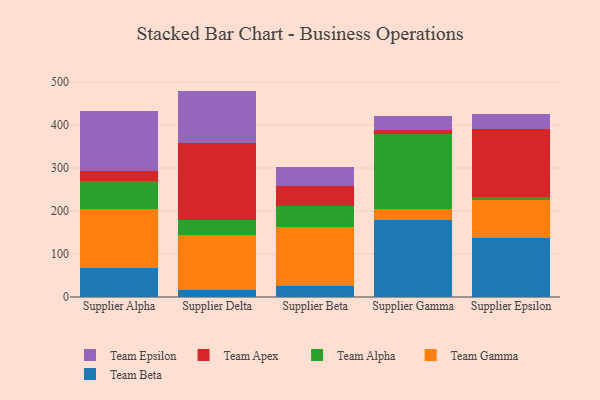
{"axis": {"x": "Supplier", "y": "Page Views"}, "legend": ["Team Alpha", "Team Apex", "Team Beta", "Team Epsilon", "Team Gamma"], "data": [{"x": "Supplier Alpha", "y": 67.9, "type": "Team Beta"}, {"x": "Supplier Alpha", "y": 137.0, "type": "Team Gamma"}, {"x": "Supplier Alpha", "y": 65.0, "type": "Team Alpha"}, {"x": "Supplier Alpha", "y": 23.0, "type": "Team Apex"}, {"x": "Supplier Alpha", "y": 140.4, "type": "Team Epsilon"}, {"x": "Supplier Delta", "y": 17.1, "type": "Team Beta"}, {"x": "Supplier Delta", "y": 128.3, "type": "Team Gamma"}, {"x": "Supplier Delta", "y": 33.9, "type": "Team Alpha"}, {"x": "Supplier Delta", "y": 179.0, "type": "Team Apex"}, {"x": "Supplier Delta", "y": 121.4, "type": "Team Epsilon"}, {"x": "Supplier Beta", "y": 25.4, "type": "Team Beta"}, {"x": "Supplier Beta", "y": 137.8, "type": "Team Gamma"}, {"x": "Supplier Beta", "y": 48.0, "type": "Team Alpha"}, {"x": "Supplier Beta", "y": 47.1, "type": "Team Apex"}, {"x": "Supplier Beta", "y": 44.1, "type": "Team Epsilon"}, {"x": "Supplier Gamma", "y": 179.9, "type": "Team Beta"}, {"x": "Supplier Gamma", "y": 25.0, "type": "Team Gamma"}, {"x": "Supplier Gamma", "y": 174.0, "type": "Team Alpha"}, {"x": "Supplier Gamma", "y": 9.5, "type": "Team Apex"}, {"x": "Supplier Gamma", "y": 33.0, "type": "Team Epsilon"}, {"x": "Supplier Epsilon", "y": 137.9, "type": "Team Beta"}, {"x": "Supplier Epsilon", "y": 86.7, "type": "Team Gamma"}, {"x": "Supplier Epsilon", "y": 7.0, "type": "Team Alpha"}, {"x": "Supplier Epsilon", "y": 159.6, "type": "Team Apex"}, {"x": "Supplier Epsilon", "y": 35.6, "type": "Team Epsilon"}]}